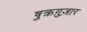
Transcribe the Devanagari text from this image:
षुक्रग़ुज़ार